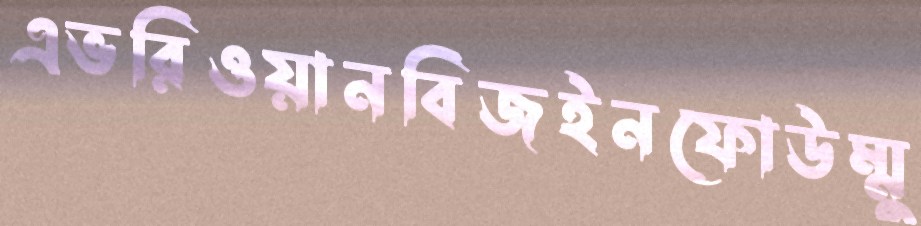
এভরিওয়ানবিজইনফোউম্মু